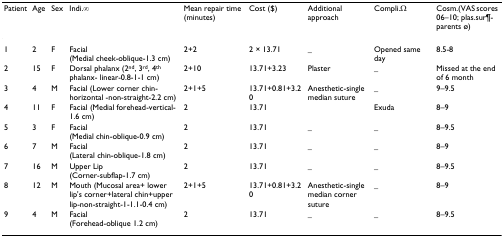
| Patient | Age | Sex | Indi.∞ | Mean repair time (minutes) | Cost ($) | Additional approach | Compli.Ω | Cosm.(VAS scores 06–10; plas.sur¶-parents ø) |
 | --- | --- | --- | --- | --- | --- | --- | --- | --- |
 | 1 | 2 | F | Facial (Medial cheek-oblique-1.3 cm) | 2+2 | 2 × 13.71 | _ | Opened same day | 8.5-8 |
 | 2 | 15 | F | Dorsal phalanx (2nd, 3rd, 4th phalanx- linear-0.8-1-1 cm) | 2+10 | 13.71+3.23 | Plaster | _ | Missed at the end of 6 month |
 | 3 | 4 | M | Facial (Lower corner chin- horizontal -non-straight-2.2 cm) | 2+1+5 | 13.71+0.81+3.20 | Anesthetic-single median suture | _ | 9–9.5 |
 | 4 | 11 | F | Facial (Medial forehead-vertical-1.6 cm) | 2 | 13.71 |  | Exuda | 8–9 |
 | 5 | 3 | F | Facial (Medial chin-oblique-0.9 cm) | 2 | 13.71 | _ | _ | 8–9.5 |
 | 6 | 7 | M | Facial (Lateral chin-oblique-1.8 cm) | 2 | 13.71 | _ | _ | 8–9 |
 | 7 | 16 | M | Upper Lip (Corner-subflap-1.7 cm) | 2 | 13.71 | _ | _ | 8–9.5 |
 | 8 | 12 | M | Mouth (Mucosal area+ lower lip's corner+lateral chin+upper lip-non-straight-1-1.1-0.4 cm) | 2+1+5 | 13.71+0.81+3.20 | Anesthetic-single median corner suture | _ | 8–9 |
 | 9 | 4 | M | Facial (Forehead-oblique 1.2 cm) | 2 | 13.71 | _ | _ | 8–9.5 |